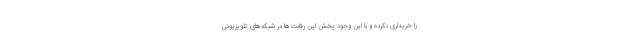
را خریداری نکرده و با این وجود پخش این رقابت‌ها در شبکه‌های تلویزیونی